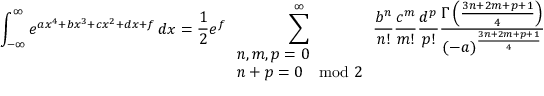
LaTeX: \int _ { - \infty } ^ { \infty } e ^ { a x ^ { 4 } + b x ^ { 3 } + c x ^ { 2 } + d x + f } \, d x = { \frac { 1 } { 2 } } e ^ { f } \sum _ { \begin{array} { l } { n , m , p = 0 } \\ { n + p = 0 \mod 2 } \end{array} } ^ { \infty } { \frac { b ^ { n } } { n ! } } { \frac { c ^ { m } } { m ! } } { \frac { d ^ { p } } { p ! } } { \frac { \Gamma \left( { \frac { 3 n + 2 m + p + 1 } { 4 } } \right) } { ( - a ) ^ { \frac { 3 n + 2 m + p + 1 } { 4 } } } } .